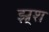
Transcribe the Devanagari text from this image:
झ्र्श